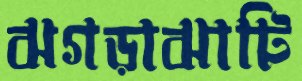
ঝগড়াঝাটি